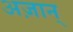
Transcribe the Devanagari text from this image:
अज़ान्